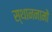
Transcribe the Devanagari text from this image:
स्थाननामों